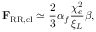
\mathbf { F } _ { \mathrm { R R , c l } } \simeq \frac { 2 } { 3 } \alpha _ { f } \frac { \chi _ { e } ^ { 2 } } { \xi _ { L } } \boldsymbol { \beta } ,